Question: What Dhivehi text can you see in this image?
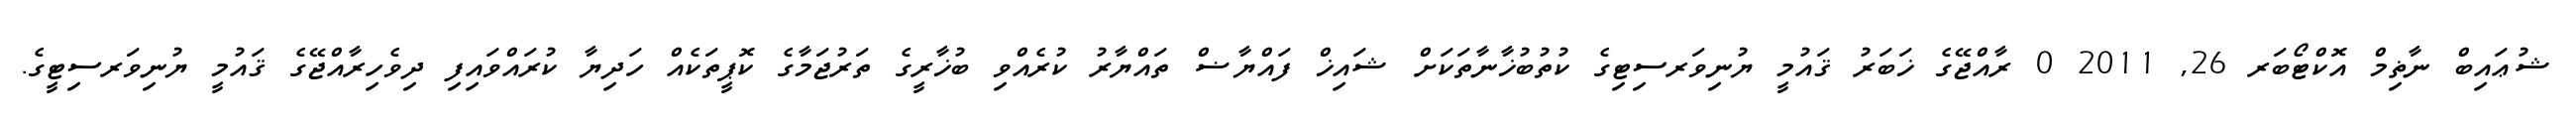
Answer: ޝުޢައިބް ނާޡިމް އޮކްޓޯބަރ 26, 2011 0 ރާއްޖޭގެ ޚަބަރު ޤައުމީ ޔުނިވަރސިޓިގެ ކުތުބުޚާނާތަކަށް ޝައިޚް ފައްޔާޟް ތައްޔާރު ކުރެއްވި ބުޚާރީގެ ތަރުޖަމާގެ ކޮޕީތަކެއް ހަދިޔާ ކުރައްވައިފި ދިވެހިރާއްޖޭގެ ޤައުމީ ޔުނިވަރސިޓީގެ.